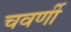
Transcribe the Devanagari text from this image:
चवर्णी